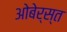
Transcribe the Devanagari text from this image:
ओबेर्स्त